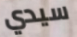
سيدي